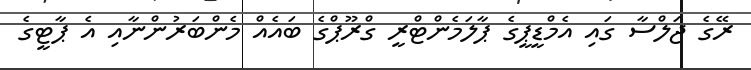
ރޭގެ ޖަލްސާ ގައި އެމްޑީޕީގެ ޕާލަމެންޓްރީ ގްރޫޕްގެ ބައެއް މެންބަރުންނާއި އެ ޕާޓީގެ